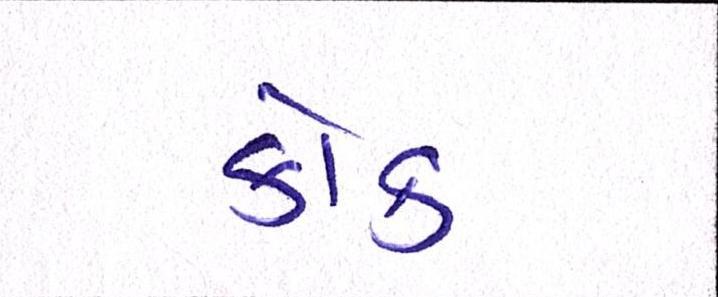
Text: કોક